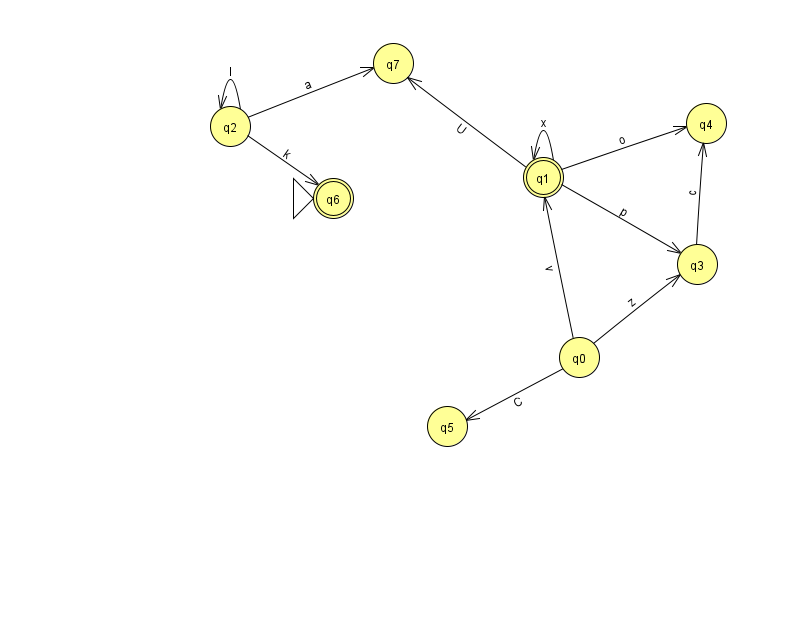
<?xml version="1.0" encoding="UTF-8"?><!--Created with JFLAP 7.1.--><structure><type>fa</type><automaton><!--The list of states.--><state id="0" name="q0"><x>579.0</x><y>344.0</y></state><state id="1" name="q1"><x>543.0</x><y>164.0</y><final/></state><state id="2" name="q2"><x>230.0</x><y>113.0</y></state><state id="3" name="q3"><x>697.0</x><y>251.0</y></state><state id="4" name="q4"><x>706.0</x><y>110.0</y></state><state id="5" name="q5"><x>447.0</x><y>413.0</y></state><state id="6" name="q6"><x>333.0</x><y>185.0</y><initial/><final/></state><state id="7" name="q7"><x>393.0</x><y>50.0</y></state><!--The list of transitions.--><transition><from>0</from><to>1</to><read>v</read></transition><transition><from>0</from><to>3</to><read>z</read></transition><transition><from>1</from><to>1</to><read>x</read></transition><transition><from>0</from><to>5</to><read>C</read></transition><transition><from>1</from><to>7</to><read>U</read></transition><transition><from>1</from><to>3</to><read>p</read></transition><transition><from>2</from><to>6</to><read>k</read></transition><transition><from>3</from><to>4</to><read>c</read></transition><transition><from>2</from><to>2</to><read>l</read></transition><transition><from>1</from><to>4</to><read>o</read></transition><transition><from>2</from><to>7</to><read>a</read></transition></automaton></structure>